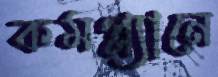
কমপ্ল্যানে